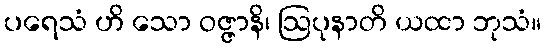
ပရေသံ ဟိ သော ဝဇ္ဇာနိ၊ ဩပုနာတိ ယထာ ဘုသံ။